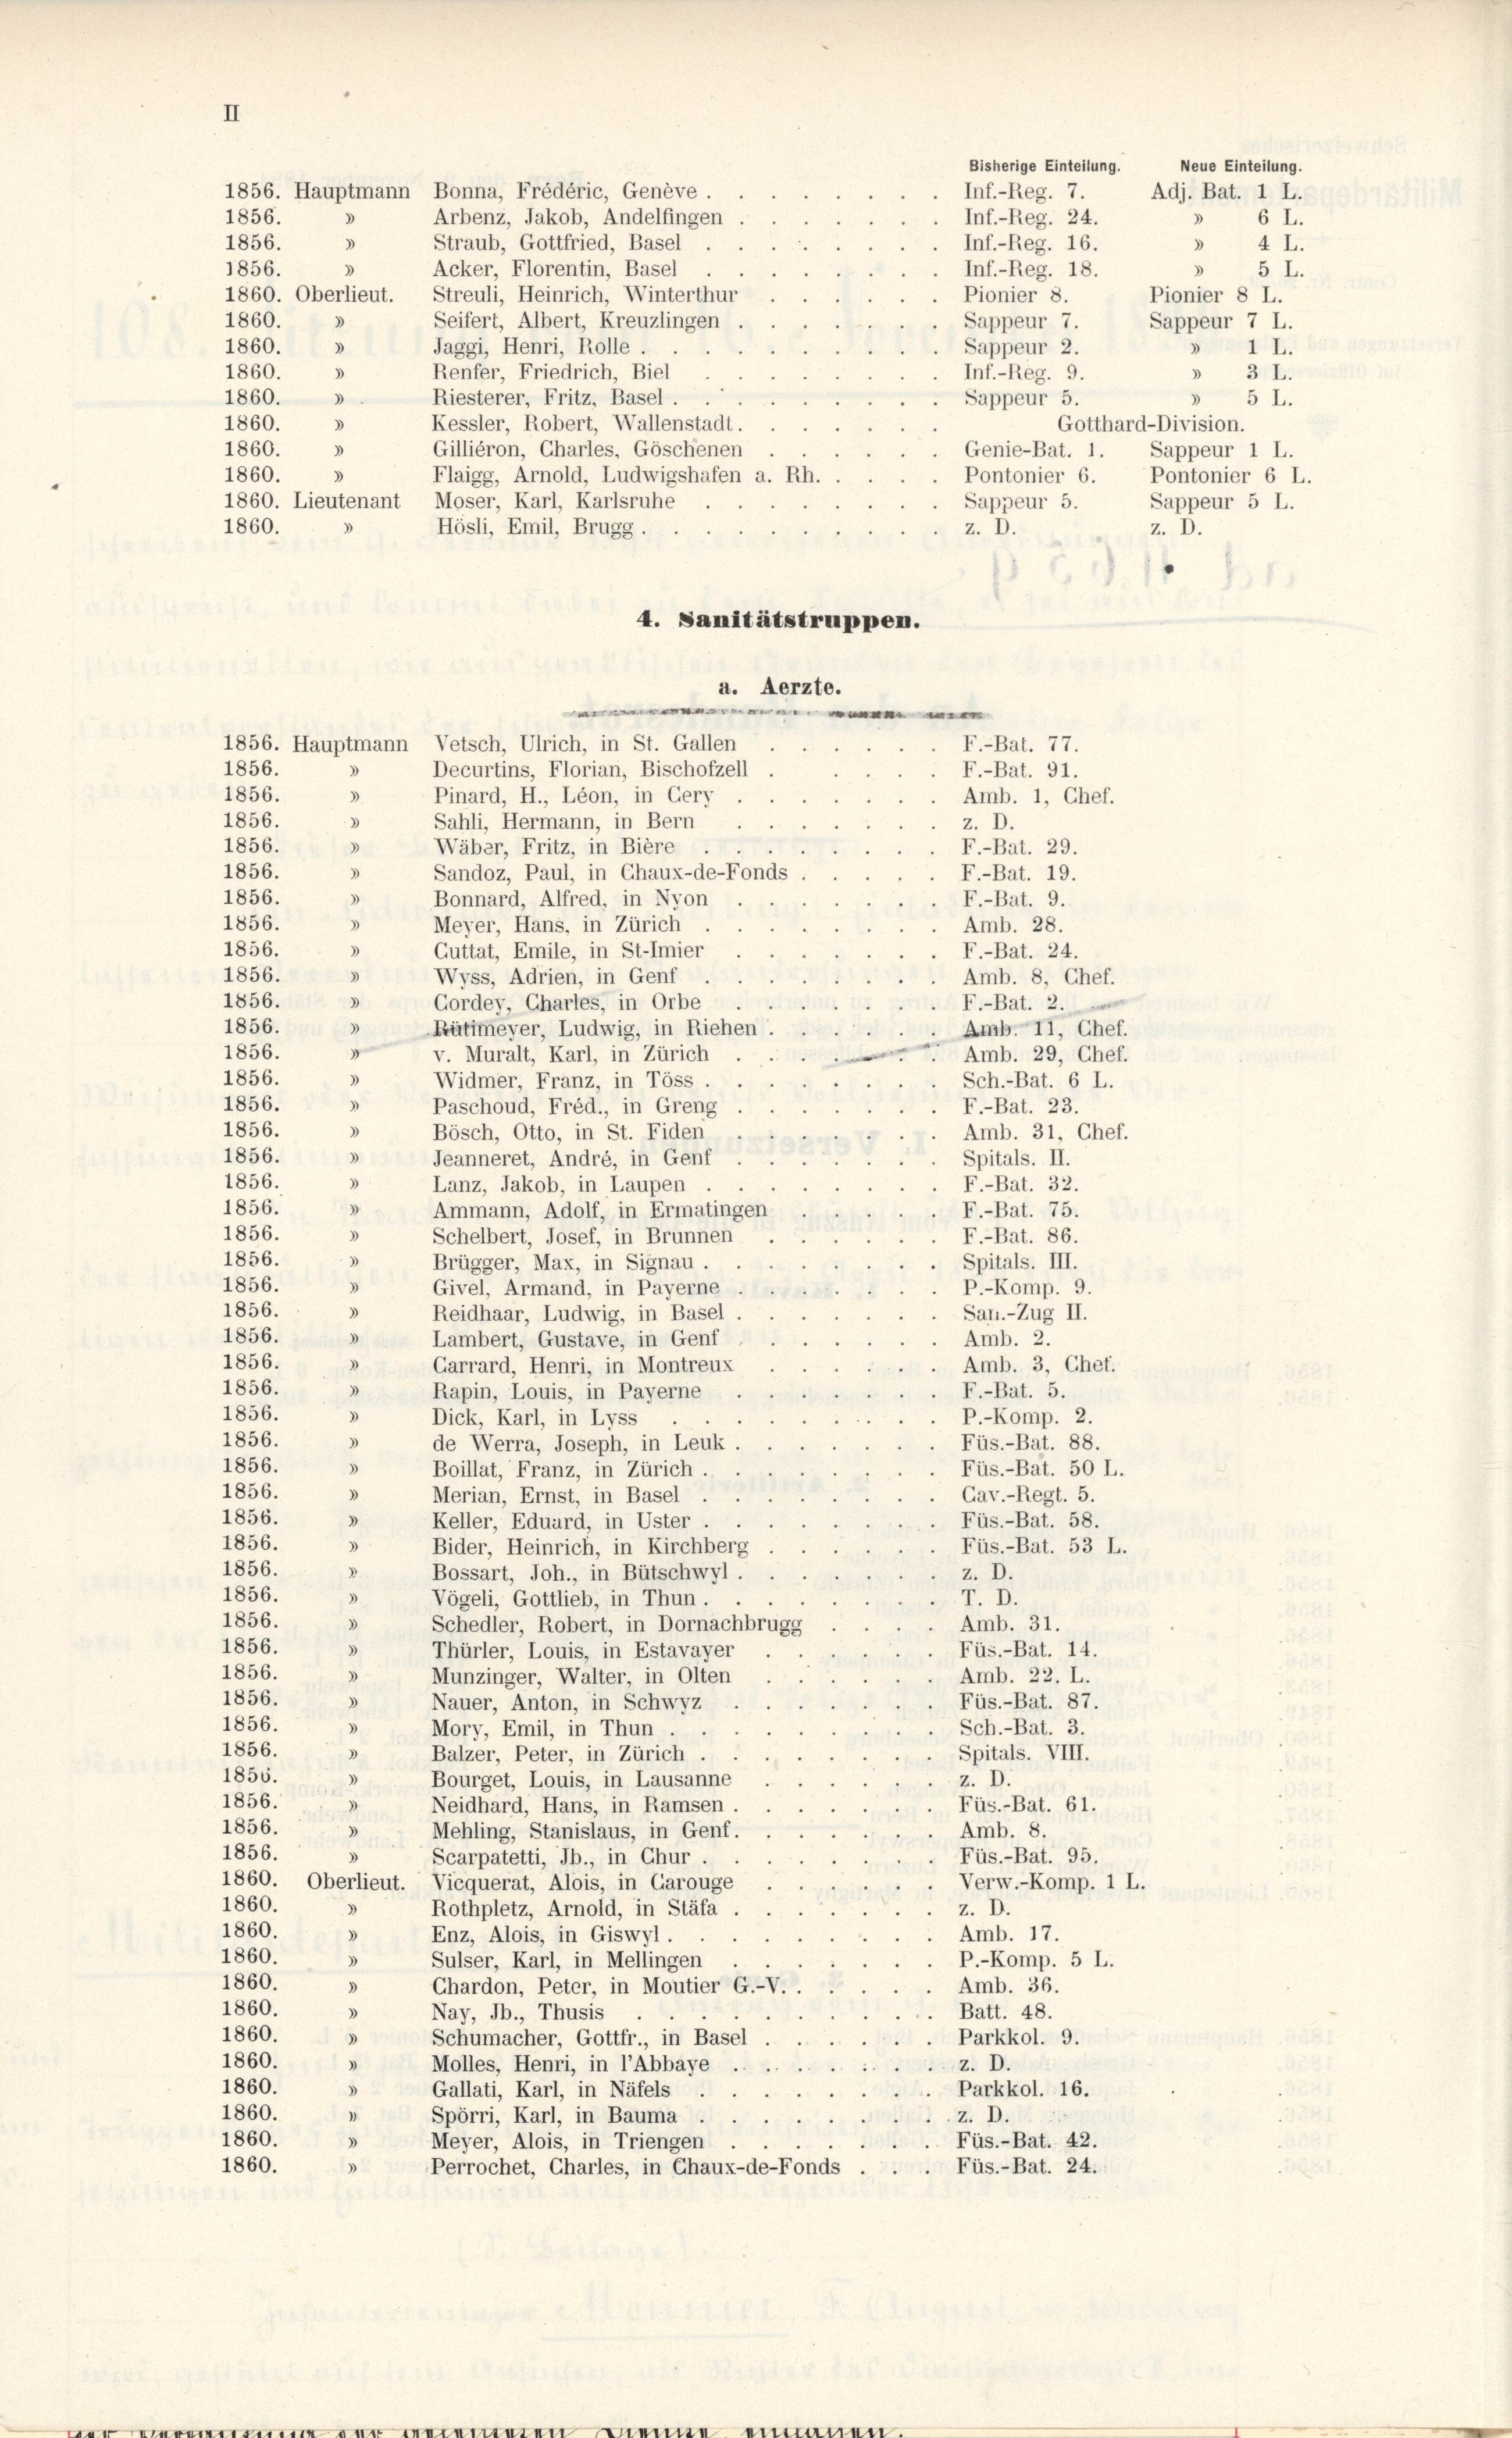
II
1856.
3

)

1856.
1856.
Acker, Florentin, Basel
1860. Oberlieut. Streuli, Heinrich, Winterthur
1860.
Seifert, Albert, Kreuzlingen
3
1860.
Jaggi, Henri, Rolle.
Renfer, Friedrich, Biel
1860.
Riesterer, Fritz, Basel
1860.
Kessler, Robert, Wallenstadt.
1860.
Gilliéron, Charles, Göschenen
1860.
)
1860.
Flaigg, Arnold, Ludwigshafen a. Rh.
1860. Lieutenant Moser, Karl, Karlsruhe
1860.
Hösli, Emil, Brugg.
a. Aerzte.
e
1856. Hauptmann Vetsch, Ulrich, in St. Gallen
F.-Bat. 77.
Decurtins, Florian, Bischofzell
1856.
d
F.-Bat. 91.
1856.
Pinard, H., Léon, in Gery
.
Amb. 1, Chef.
Sahli, Hermann, in Bern
1856.
3
z. D.
1856.
Wäber, Fritz, in Bière
3
F.-Bat. 29.
)
1856.
Sandoz, Paul, in Chaux-de-Fonds
F.-Bat. 19.
1856.
Bonnard, Alfred, in Nyon
F.-Bat. 9.
1856.
Meyer, Hans, in Zürich
)
Amb. 28.
1856.
Guttat, Emile, in St-Imier
F.-Bat. 24.
1856.
3
Wyss, Adrien, in Genf
Amb. 8, Chef.
1856.
» Cordey, Chartes, in Orbe
F.-Bat. 2.
1856.
Rütimeyer, Ludwig, in Riehen.
d
Amb. 11, Chef.
1856.
g
v. Muralt, Karl, in Zürich
Amb. 29, Chef.
1856.
Widmer, Franz, in Töss
)
Sch.-Bat. 6 L.
)
1856.
Paschoud, Fréd., in Greng
 F.-Bat. 23.
)
1856.
Bösch, Otto, in St. Fiden
Amb. 31, Chef.
1856.
3
Jeanneret, André, in Genf
 Spitals. II.
1856.
Lanz, Jakob, in Laupen
F.-Bat. 32.
1856.
3
Ammann, Adolf, in Ermatingen
 F.-Bat. 75.
1856.
F.-Bat. 86.
Schelbert, Josef, in Brunnen
1856.
3
Brügger, Max, in Signau.
. Spitals. III.
1856.
d
Givel, Armand, in Payerne
.P.-Komp. 9.
3
1856.
Reidhaar, Ludwig, in Basel
San.-Zug II.
1856.
3
Lambert, Gustave, in Genf
Amb. 2.
1856.
)
Garrard, Henri, in Montreux
Amb. 3, Chef.
1856.
3
Rapin, Louis, in Payerne
F.-Bat. 5.
1856.
Dick, Karl, in Lyss
P.-Komp. 2.
1856
)
Füs.-Bat. 88.
de Werra, Joseph, in Leuk
1856.
Boillat, Franz, in Zürich
Füs.-Bat. 50 L.
)
1856.
Merian, Ernst, in Basel
3
.Gav.-Regt. 5.
1856.
d
Keller, Eduard, in Uster
 Füs.-Bat. 58.
1856.
)
Bider, Heinrich, in Kirchberg
 Füs.-Bat. 53 L.
1856.
Bossart, Joh., in Bütschwyl
z. D.
1856.
3
Vögeli, Gottlieb, in Thun.
T. D.
3
1856.
)
Schedler, Robert, in Dornachbrugg
Amb. 31.
1856.
Thürler, Louis, in Estavayer
Füs.-Bat. 14.
.
1856.
Munzinger, Walter, in Olten
Amb. 22. L.
1856.
.
Füs.-Bat. 87.
Nauer, Anton, in Schwyz
1856.
Sch.-Bat. 3.
Mory, Emil, in Thun.
1856.
Balzer, Peter, in Zürich
Spitals. VIII.
1856.
Bourget, Louis, in Lausanne
z. D.
1856.
Neidhard, Hans, in Ramsen
Füs.-Bat. 61.
1856.
Mehling, Stanislaus, in Genf.
Amb. 8.
15
1856.
)
Scarpatetti, Jb., in Chur
Füs.-Bat. 95.
1860. Oberlieut. Vicquerat, Alois, in Garouge
Verw.-Komp. 1 L.
1860.
Rothpletz, Arnold, in Stäfa
z. D.
1860
d
Amb. 17.
Enz, Alois, in Giswyl
1860.
)
Sulser, Karl, in Mellingen
P.-Komp. 5 L.
1860.
Chardon, Peter, in Moutier (
Amb. 36.
1860.
3
Nay, Jb., Thusis
. Batt. 48.
1860.
3
Schumacher, Gottfr., in Basel
Parkkol. 9.
“
1860.
Molles, Henri, in l’Abbaye
)
2. D.
1860.
d
Gallati, Karl, in Näfels
. Parkkol. 16.
1860.
)
Spörri, Karl, in Bauma
z. D.
1860.
Meyer, Alois, in Triengen
Füs.-Bat. 42.
3
1860.
3
Perrochet, Charles, in Chaux-de-Fonds
 Füs.-Bat. 24.

1856. Hauptmann Bonna, Frédéric, Genève

Arbenz, Jakob, Andelfingen
Straub, Gottfried, Basel

4. Sanitätstruppen.

Bisherige Einteilung. Neue Einteilung.
Inf.-Reg. 7.
Adj. Bat. 1 L.
Inf.-Reg. 24.
6 I.
Inf.-Reg. 16.
» 4 L.
» 5 L.
Inf.-Reg. 18.

Pionier 8.
Pionier 8 L.
Sappeur 7.
Sappeur 7 L.
Sappeur 2.
.
Inf.-Reg. 9.
3 I.
Sappeur 5.
3 5 L.
Gotthard-Division.
. Genie-Bat. 1. Sappeur 1 L.
Pontonier 6. Pontonier 6 L.
Sappeur 5.
Sappeur 5 L.
z. D.
z. D.

» 1 L.